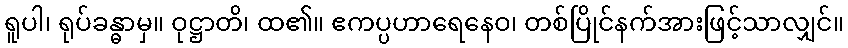
ရူပါ၊ ရုပ်ခန္ဓာမှ။ ဝုဋ္ဌာတိ၊ ထ၏။ ဧကပ္ပဟာရေနေဝ၊ တစ်ပြိုင်နက်အားဖြင့်သာလျှင်။